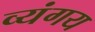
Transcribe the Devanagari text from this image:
व्यंगय